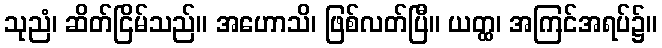
သုညံ၊ ဆိတ်ငြိမ်သည်။ အဟောသိ၊ ဖြစ်လတ်ပြီ။ ယတ္ထ၊ အကြင်အရပ်၌။